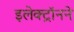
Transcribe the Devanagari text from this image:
इलेक्ट्रॉनने